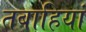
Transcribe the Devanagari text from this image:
तबाहियां